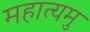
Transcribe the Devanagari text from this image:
महात्यमु